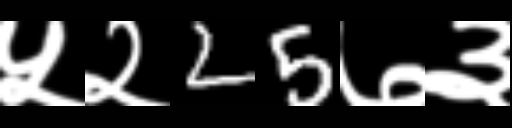
Text: ५२25७३